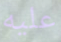
عليه